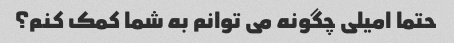
حتما امیلی چگونه می توانم به شما کمک کنم؟